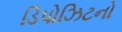
ડિપોઝિટનો